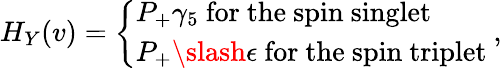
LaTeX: H_{Y}(v)=\left\{ \begin{array}{l}{{P_{+}\gamma_{5}\mathrm{~for~the~spin~singlet}}}\\ {{P_{+}\slash{\epsilon}\mathrm{~for~the~spin~triplet}}}\end{array}\right.\ ,